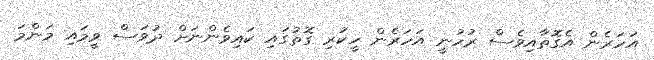
އަހަރެން އެގޮތާއިވެސް ރުހުނީ އަހަރެން ހީކުރި ގޮތުގައި ކައިވެންނަށް ދުވަސް ވީމައި މަންމަ